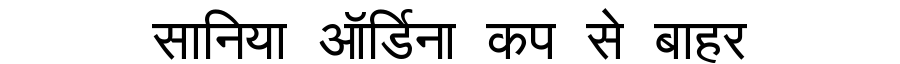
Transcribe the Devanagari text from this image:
सानिया ऑर्डिना कप से बाहर